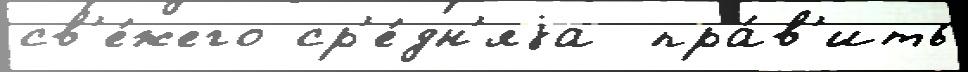
св'е́жего ср'е́дн'яjа  пра́в'ить